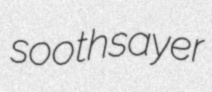
soothsayer